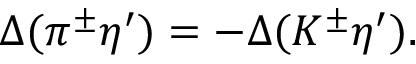
\Delta ( \pi ^ { \pm } \eta ^ { \prime } ) = - \Delta ( K ^ { \pm } \eta ^ { \prime } ) .